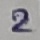
Text: 2